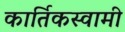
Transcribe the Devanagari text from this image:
कार्तिकस्‍वामी